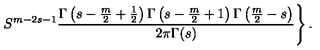
\left. S ^ { m - 2 s - 1 } \frac { \Gamma \left( s - \frac m 2 + \frac 1 2 \right) \Gamma \left( s - \frac m 2 + 1 \right) \Gamma \left( \frac m 2 - s \right) } { 2 \pi \Gamma ( s ) } \right\} .